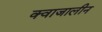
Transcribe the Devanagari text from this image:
क्वाजालीन